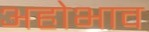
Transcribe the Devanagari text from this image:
अहोभाव